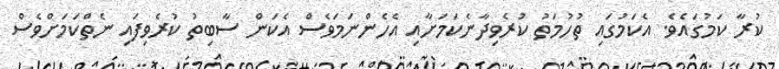
ކުރާ ކަމުގައެވެ. އެކަމުގައި ތުހުމަތު ކުރެވިދާނެކަމަށާއި އެހެންނަމަވެސް އެކަން ސާބިތު ކުރެވިފައި ނެތްކަމަށްވެސް